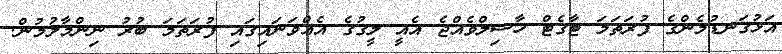
އަޅުގަނޑުމެންގެ ފުރަތަމަ ޓާގެޓް ހާސިލްވެއްޖެ އެއީ ލީގުގެ އެއްވަނައިގައި ފުރަތަމަ ބުރު ނިންމާލުމުން.